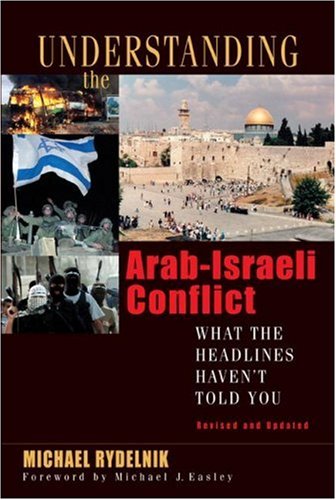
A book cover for Understanding the Arab-Israeli Conflict: What the Headlines Haven't Told You; Michael A Rydelnik; Travel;